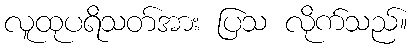
လူထုပရိသတ်အား ပြသ လိုက်သည်။